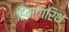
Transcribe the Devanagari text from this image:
हिमगिरिथ